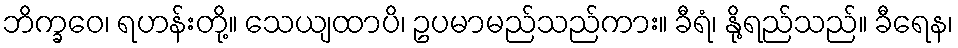
ဘိက္ခဝေ၊ ရဟန်းတို့။ သေယျထာပိ၊ ဥပမာမည်သည်ကား။ ခီရံ၊ နို့ရည်သည်။ ခီရေန၊